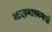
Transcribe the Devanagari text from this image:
मादागास्करची